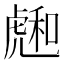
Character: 𧇮